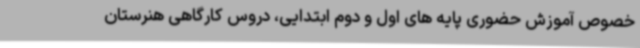
خصوص آموزش حضوری پایه های اول و دوم ابتدایی، دروس کارگاهی هنرستان